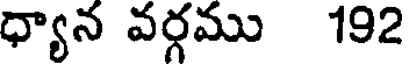
ధ్యాన వర్గము 192